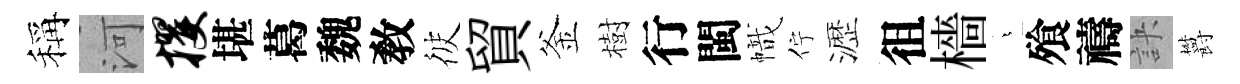
稱河攫堪葛魏敎彼貿釜樹行閩幟佇瀝徂檣燁飱禱訣欝